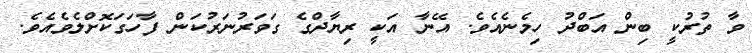
ވާ ތުރުކީ ބިން އަބްދު ހިމެނެއެވެ. އޭނާ އަކީ ރިޔާދްގެ ގަވަރުނަރުކަން ފާހަގަކޮށްލެވެއެވެ.